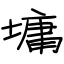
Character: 墉